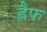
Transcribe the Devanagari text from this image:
ह्नैफ